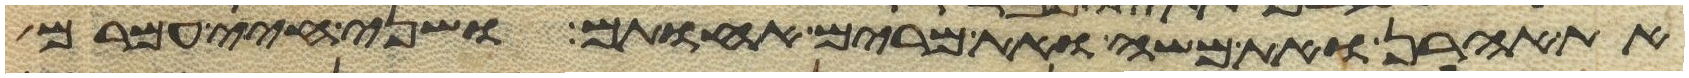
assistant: את אהרן ואת משה ואת מרים אחותם ושני חיי עמרם